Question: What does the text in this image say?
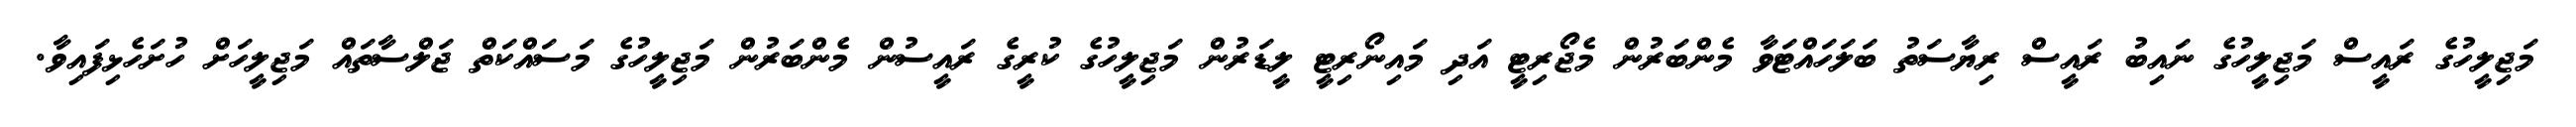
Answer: މަޖިލީހުގެ ރައީސް މަޖިލީހުގެ ނައިބު ރައީސް ރިޔާސަތު ބަލަހައްޓަވާ މެންބަރުން މެޖޯރިޓީ އަދި މައިނޯރިޓީ ލީޑަރުން މަޖިލީހުގެ ކުރީގެ ރައީސުން މެންބަރުން މަޖިލީހުގެ މަސައްކަތް ޖަލްސާތައް މަޖިލީހަށް ހުށަހެޅިފައިވާ.